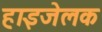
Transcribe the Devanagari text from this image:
हाइजेलक